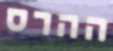
ההרס